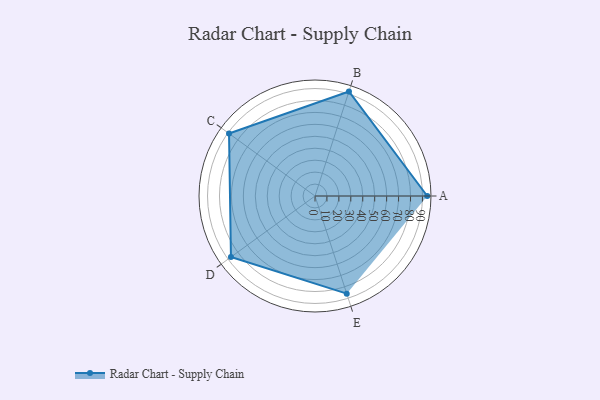
{"axis": {"x": "Skill", "y": "Score"}, "legend": ["Profile"], "data": [{"x": "A", "y": 94.0, "type": "Profile"}, {"x": "B", "y": 92.0, "type": "Profile"}, {"x": "C", "y": 89.0, "type": "Profile"}, {"x": "D", "y": 87.0, "type": "Profile"}, {"x": "E", "y": 86.0, "type": "Profile"}]}